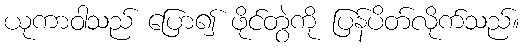
ယုကာဝါသည် ပြော၍ ဖိုင်တွဲကို ပြန်ပိတ်လိုက်သည်။